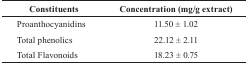
<table><thead><tr><td><b>Constituents</b></td><td><b>Concentration (mg/g extract)</b></td></tr></thead><tbody><tr><td>Proanthocyanidins</td><td>11.50 + 1.02</td></tr><tr><td>Total phenolics</td><td>22.12 + 2.11</td></tr><tr><td>Total Flavonoids</td><td>18.23 + 0.75</td></tr></tbody></table>